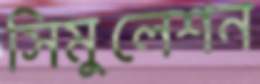
সিমুলেশন